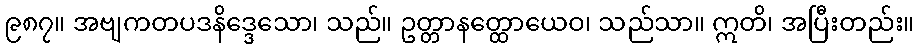
၉၈၇။ အဗျကတပဒနိဒ္ဒေသော၊ သည်။ ဥတ္တာနတ္ထောယေဝ၊ သည်သာ။ ဣတိ၊ အပြီးတည်း။